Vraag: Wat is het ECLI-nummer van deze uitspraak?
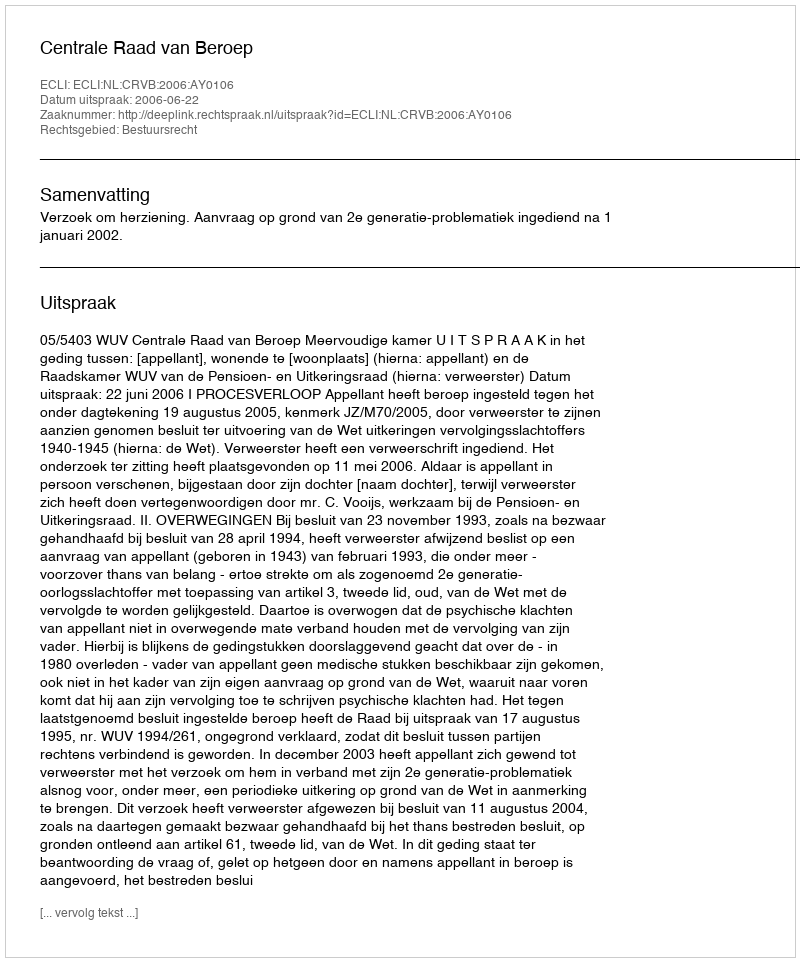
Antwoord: ECLI:NL:CRVB:2006:AY0106